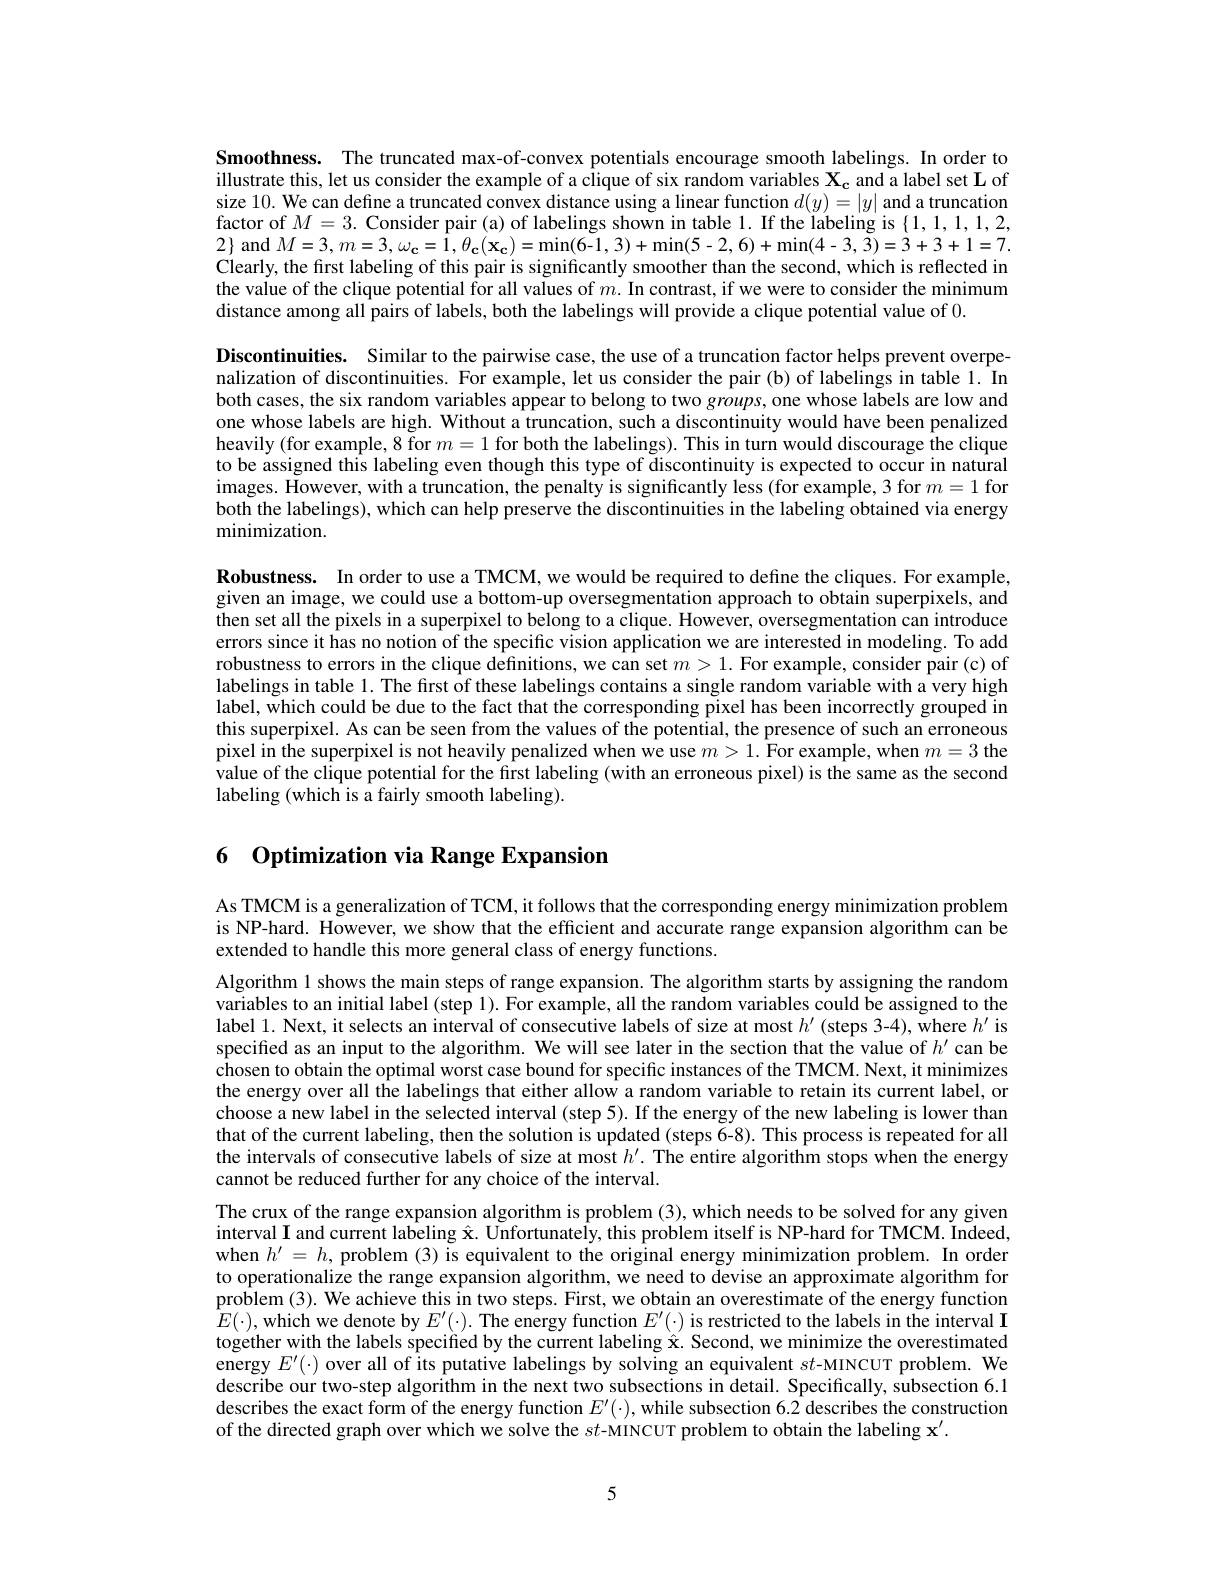
Smoothness. The truncated max-of-convex potentials encourage smooth labelings. In order to illustrate this, let us consider the example of a clique of six random variables $\mathbf{X_c}$ and a label set L of size 10. We can define a truncated convex distance using a linear function $d(y)=|y|$ and a truncation factor of $M=3.$ Consider pair(a) of labelings shown in table 1. If the labeling is $\{1,1,1,1,2$, $2\}$ and $M=3,m=3,\omega_{\mathbf{c}}=1,\theta_{\mathbf{c}}(\mathbf{x_{c}})=\operatorname*{min}(6-1,3)+\operatorname*{min}(5-2,6)+\operatorname*{min}(4-3,\dot{3})=3+3+1=7.$ Clearly, the first labeling of this pair is significantly smoother than the second, which is reflected in the value of the clique potential for all values of $m.$ In contrast, if we were to consider the minimum distance among all pairs of labels, both the labelings will provide a clique potential value of 0.

Discontinuities. Similar to the pairwise case, the use of a truncation factor helps prevent overpenalization of discontinuities. For example, let us consider the pair (b) of labelings in table 1. In both cases, the six random variables appear to belong to two groups, one whose labels are low and one whose labels are high. Without a truncation, such a discontinuity would have been penalized heavily (for example, 8 for $m=1$ for both the labelings). This in turn would discourage the clique to be assigned this labeling even though this type of discontinuity is expected to occur in natural images. However, with a truncation, the penalty is significantly less (for example, 3 for $m=1$ for both the labelings), which can help preserve the discontinuities in the labeling obtained via energy minimization.

Robustness. In order to use a TMCM, we would be required to define the cliques. For example given an image, we could use a bottom-up oversegmentation approach to obtain superpixels, and then set all the pixels in a superpixel to belong to a clique. However, oversegmentation can introduce errors since it has no notion of the specific vision application we are interested in modeling. To add robustness to errors in the clique definitions, we can set $m>1.$ For example, consider pair (c) of labelings in table 1. The first of these labelings contains a single random variable with a very high label, which could be due to the fact that the corresponding pixel has been incorrectly grouped in this superpixel. As can be seen from the values of the potential, the presence of such an erroneous pixel in the superpixel is not heavily penalized when we use $m>1.$ For example, when $m=3$ the value of the clique potential for the first labeling (with an erroneous pixel) is the same as the second labeling (which is a fairly smooth labeling).

# 6 Optimization via Range Expansion

As TMCM is a generalization of TCM, it follows that the corresponding energy minimization problem is NP-hard. However, we show that the efficient and accurate range expansion algorithm can be extended to handle this more general class of energy functions.

Algorithm 1 shows the main steps of range expansion. The algorithm starts by assigning the random variables to an initial label (step 1). For example, all the random variables could be assigned to the label 1. Next, it selects an interval of consecutive labels of size at most $h^{\prime}$ (steps 3-4), where $h^{\prime}$ is specified as an input to the algorithm. We will see later in the section that the value of $h^{\prime}$ can be chosen to obtain the optimal worst case bound for specific instances of the TMCM. Next, it minimizes the energy over all the labelings that either allow a random variable to retain its current label, or choose a new label in the selected interval (step 5). If the energy of the new labeling is lower than that of the current labeling, then the solution is updated (steps 6-8). This process is repeated for all the intervals of consecutive labels of size at most $h^\prime.$ The entire algorithm stops when the energy cannot be reduced further for any choice of the interval.
The crux of the range expansion algorithm is problem (3), which needs to be solved for any given interval I and current labeling $\hat{\mathbf{x}}.$ Unfortunately, this problem itself is NP-hard for TMCM. Indeed when $h^\prime=h$, problem (3) is equivalent to the original energy minimization problem. In order to operationalize the range expansion algorithm, we need to devise an approximate algorithm for problem (3). We achieve this in two steps. First, we obtain an overestimate of the energy function $\hat{E}(\cdot)$, which we denote by $E^\prime(\cdot).$ The energy function $E^\prime(\cdot)$ is restricted to the labels in the interval I together with the labels specified by the cuirrent labeling Â Second, we minimize the overestimated energy $E^\prime(\cdot)$ over all of its putative labelings by solving an equivalent $st$-MINCUT problem. We describe our two-step algorithm in the next two subsections in detail. Specifically, subsection 6.1 describes the exact form of the energy function $E^\prime(\cdot)$, while subsection 6.2 describes the construction of the directed graph over which we solve the $st$-MINCUT problem to obtain the labeling $\mathbf{x}^{\prime}.$

5